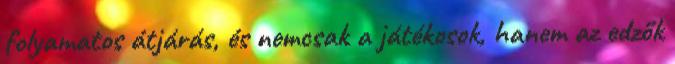
folyamatos átjárás, és nemcsak a játékosok, hanem az edzők